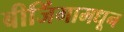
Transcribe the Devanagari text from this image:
बीजिंगामधून